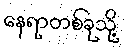
နေရာတစ်ခုသို့